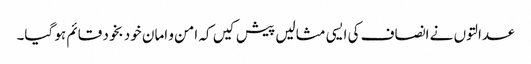
عدالتوں نے انصاف کی ایسی مثالیں پیش کیں کہ امن و امان خود بخود قائم ہو گیا۔